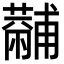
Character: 𧁡